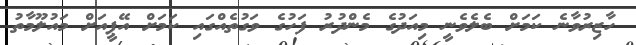
ހާޒިރުވާނެ ކަމަށް ބެލެވެނީ މިއަދުގެ މެންދުރު ފަހުގެ ވަގުތެއްގައި ކަމަށް އޭޕީއަށް މައުލޫމާތު